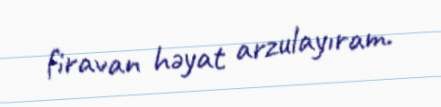
firavan həyat arzulayıram.